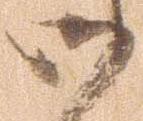
御